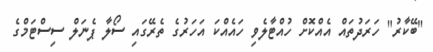
"ބޭކާރު" ހަރަދުތައް އެއްކޮށް ހުއްޓާލެވި ހައެއްކަ އަހަރުގެ ތެރޭގައި ސޯލާ ޕެނަލް ސިސްޓަމްގެ